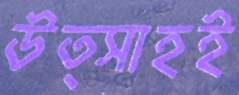
উত্সাহই